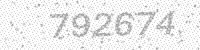
Solution: 792674